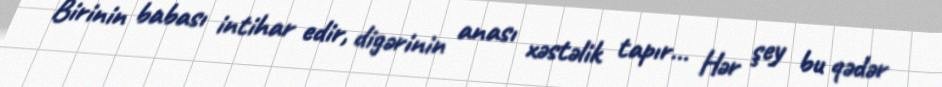
Birinin babası intihar edir, digərinin anası xəstəlik tapır… Hər şey bu qədər